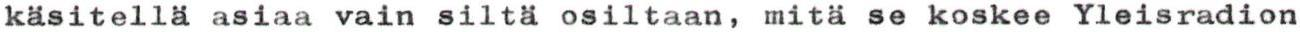
käsitellä asiaa vain siltä osiltaan, mitä se koskee Yleisradion